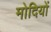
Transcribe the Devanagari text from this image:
मोदियों